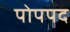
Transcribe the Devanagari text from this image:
पोपपद